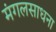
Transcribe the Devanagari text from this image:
मंगलसाधना